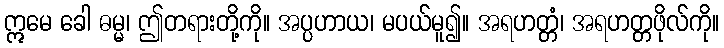
ဣမေ ခေါ ဓမ္မ၊ ဤတရားတို့ကို။ အပ္ပဟာယ၊ မပယ်မူ၍။ အရဟတ္တံ၊ အရဟတ္တဖိုလ်ကို။